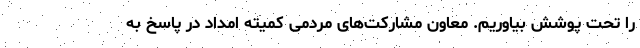
را تحت پوشش بیاوریم. معاون مشارکت‌های مردمی کمیته امداد در پاسخ به